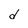
Character: d